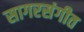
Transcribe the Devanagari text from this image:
सागरसंगीत